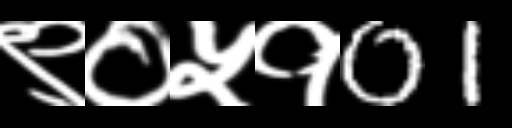
Text: ९०५१01